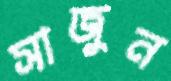
সাজুন